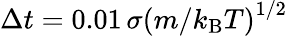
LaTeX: \Delta t=0.01\, \sigma\left(m/k_{\mathrm{B}}T\right)^{1/2}